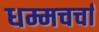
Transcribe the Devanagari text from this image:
धम्मचर्चा